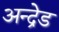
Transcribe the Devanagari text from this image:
अन्द्रेड